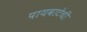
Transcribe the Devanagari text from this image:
पायवाटेची